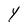
Character: Y